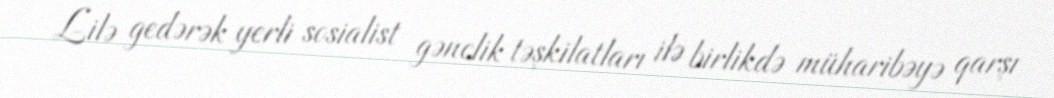
Lilə gedərək yerli sosialist gənclik təşkilatları ilə birlikdə müharibəyə qarşı